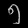
Digit: ၅